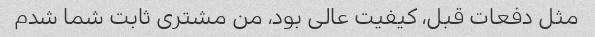
مثل دفعات قبل، کیفیت عالی بود، من مشتری ثابت شما شدم